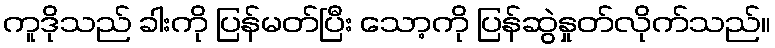
ကူဒိုသည် ခါးကို ပြန်မတ်ပြီး သော့ကို ပြန်ဆွဲနှုတ်လိုက်သည်။